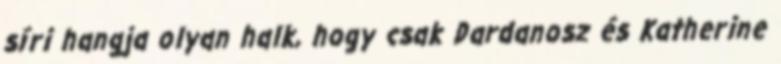
síri hangja olyan halk, hogy csak Dardanosz és Katherine